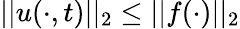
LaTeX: ||u(\cdot,t)||_{2}\leq||f(\cdot)||_{2}